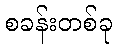
စခန်းတစ်ခု